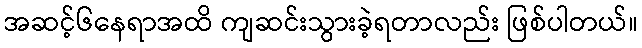
အဆင့်၆နေရာအထိ ကျဆင်းသွားခဲ့ရတာလည်း ဖြစ်ပါတယ်။